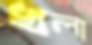
খলা